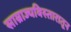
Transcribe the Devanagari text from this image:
साम्राज्यविस्तारातून